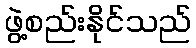
ဖွဲ့စည်းနိုင်သည်